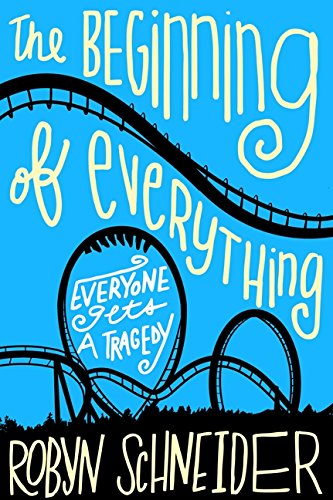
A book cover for The Beginning of Everything; Robyn Schneider; Teen & Young Adult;